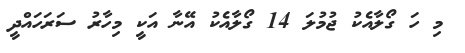
މި ހަ ގޯލާއެކު ޖުމުލަ 14 ގޯލާއެކު އޭނާ އަކީ މިހާރު ސަރަހައްދީ